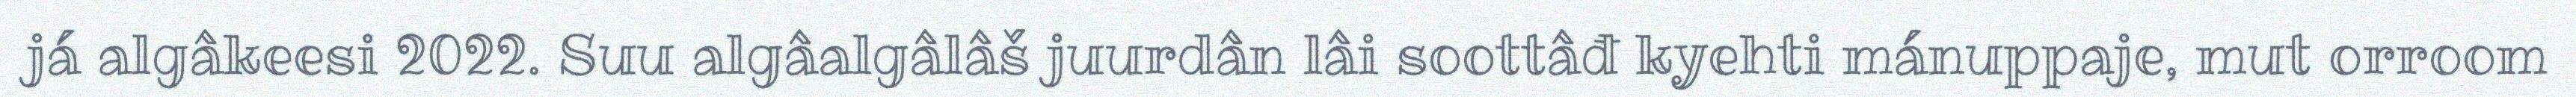
já algâkeesi 2022. Suu algâalgâlâš juurdân lâi soottâđ kyehti mánuppaje, mut orroom